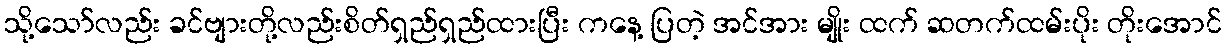
သို့သော်လည်း ခင်ဗျားတို့လည်းစိတ်ရှည်ရှည်ထားပြီး ကနေ့ ပြတဲ့ အင်အား မျိုး ထက် ဆတက်ထမ်းပိုး တိုးအောင်